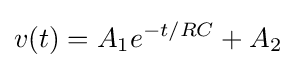
v(t)=A_{1}e^{-t/RC}+A_{2}